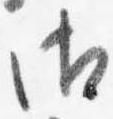
御